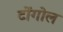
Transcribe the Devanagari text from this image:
टोंगोल